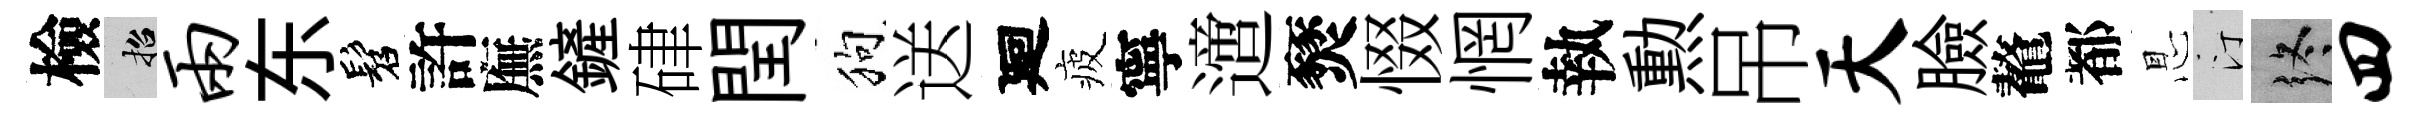
檢招两东髫許廡鏟硉閏狗送廻疲寧𨗁燹惙惘執勲吊天臉鼇都㤙汀终四